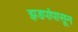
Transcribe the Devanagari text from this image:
झडपांपासून